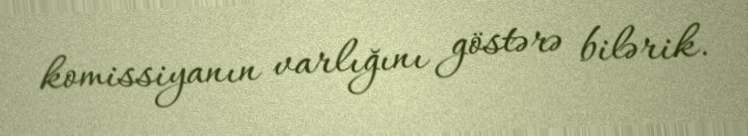
komissiyanın varlığını göstərə bilərik.